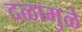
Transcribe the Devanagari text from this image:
दळामुळे